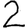
Digit: 2